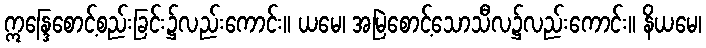
ဣန္ဒြေစောင့်စည်းခြင်း၌လည်းကောင်း။ ယမေ၊ အမြဲစောင့်သောသီလ၌လည်းကောင်း။ နိယမေ၊